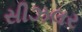
સીઝલર